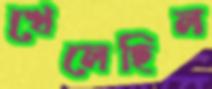
খেলেছিল